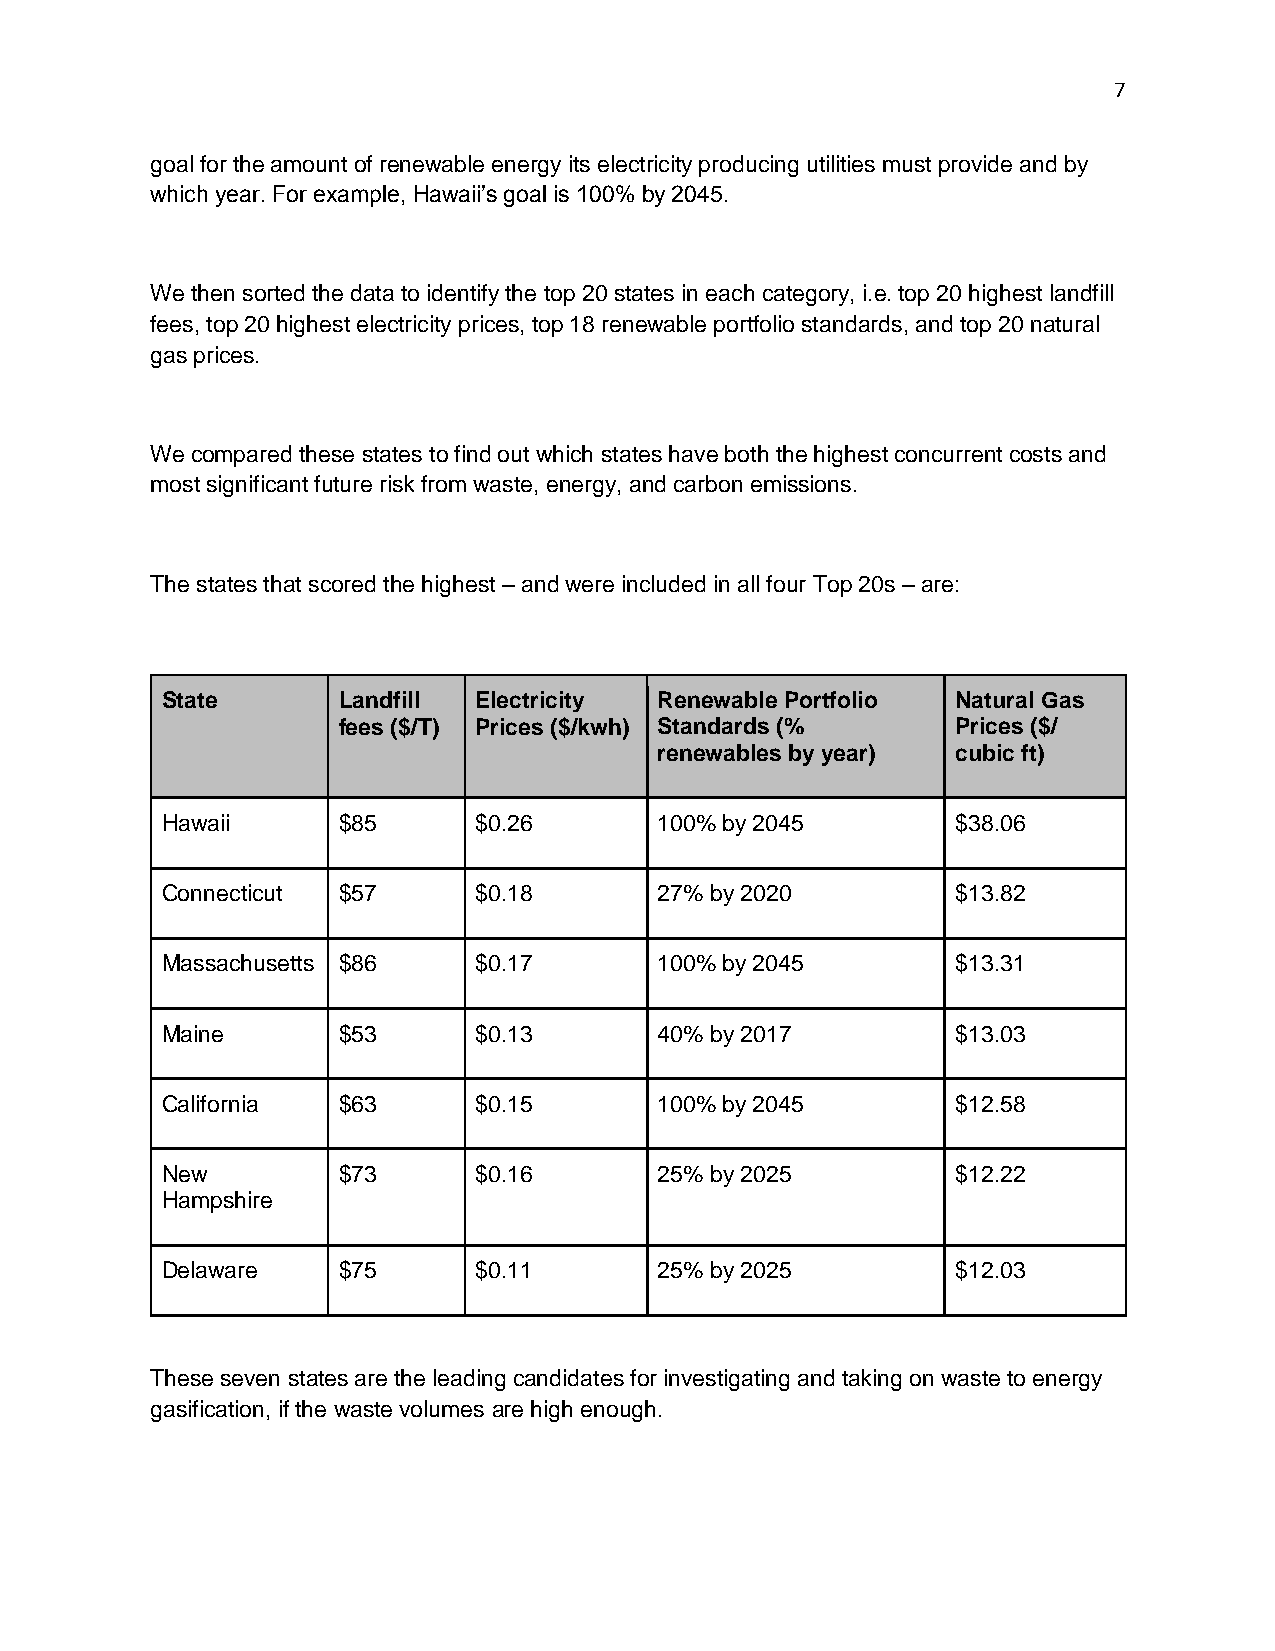
7
 goal for the amount of renewable energy its electricity producing utilities must provide and by
 which year. For example, Hawaii’s goal is 100% by 2045.
 We then sorted the data to identify the top 20 states in each category, i.e. top 20 highest landfill
 fees, top 20 highest electricity prices, top 18 renewable portfolio standards, and top 20 natural
 gas prices.
 We compared these states to find out which states have both the highest concurrent costs and
 most significant future risk from waste, energy, and carbon emissions.
 The states that scored the highest – and were included in all four Top 20s – are:
 State      Landfill Electricity  Renewable Portfolio Natural Gas
 fees ($/T) Prices ($/kwh) Standards (%   Prices ($/
 renewables by year) cubic ft)
 Hawaii     $85      $0.26        100% by 2045       $38.06
 Connecticut $57     $0.18        27% by 2020        $13.82
 Massachusetts $86   $0.17        100% by 2045       $13.31
 Maine      $53      $0.13        40% by 2017        $13.03
 California $63      $0.15        100% by 2045       $12.58
 New        $73      $0.16        25% by 2025        $12.22
 Hampshire
 Delaware   $75      $0.11        25% by 2025        $12.03
 These seven states are the leading candidates for investigating and taking on waste to energy
 gasification, if the waste volumes are high enough.